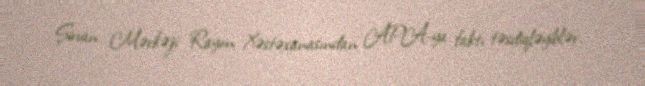
Şirvan Mərkəzi Rayon Xəstəxanasından APA-ya faktı təsdiqləyiblər.